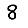
Digit: 8